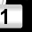
Digit: 1